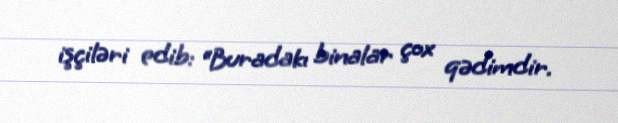
işçiləri edib: “Buradakı binalar çox qədimdir.